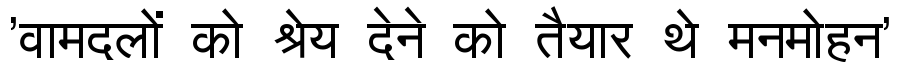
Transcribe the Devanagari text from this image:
'वामदलों को श्रेय देने को तैयार थे मनमोहन'